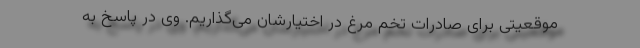
موقعیتی برای صادرات تخم مرغ در اختیارشان می‌گذاریم. وی در پاسخ به